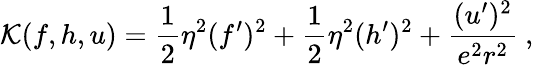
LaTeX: {\cal K}(f,h,u)=\frac 12\eta^{2}(f^{\prime})^{2}+\frac 12\eta^{2}(h^{\prime})^{2}+\frac{(u^{\prime})^{2}}{e^{2}r^{2}}\ ,